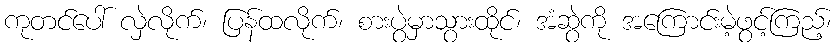
ကုတင်ပေါ် လှဲလိုက်၊ ပြန်ထလိုက်၊ စားပွဲမှာသွားထိုင်၊ အံဆွဲကို အကြောင်းမဲ့ဖွင့်ကြည့်၊